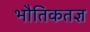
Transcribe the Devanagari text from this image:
भौतिकतज्ञ